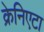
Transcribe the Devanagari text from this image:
क्रेनिएटा